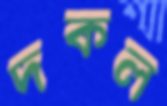
দকল